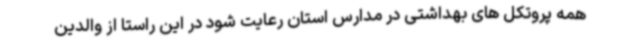
همه پروتکل های بهداشتی در مدارس استان رعایت شود در این راستا از والدین